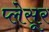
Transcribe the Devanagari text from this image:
प्लेसूर